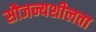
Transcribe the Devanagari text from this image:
सौजन्यशीलता